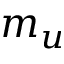
m _ { u }